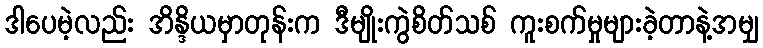
ဒါပေမဲ့လည်း အိန္ဒိယမှာတုန်းက ဒီမျိုးကွဲစိတ်သစ် ကူးစက်မှုများခဲ့တာနဲ့အမျှ